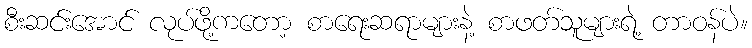
စီးဆင်းအောင် လုပ်ဖို့ကတော့ စာရေးဆရာများနဲ့ စာဖတ်သူများရဲ့ တာဝန်ပဲ။